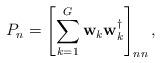
LaTeX: \begin{align*}P_n = \left[\sum_{k=1}^G \mathbf w_k \mathbf w_k^\dag \right]_{nn} ,\end{align*}